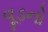
વૂડનો